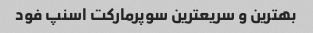
بهترین و سریعترین سوپرمارکت اسنپ فود